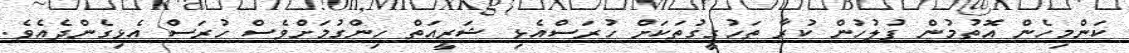
ކަންމިހެން އޮތުމުން ފުލުހުން ކުރާ ތަހުގީގުތަކަށް ހުރަސްއެޅި ޝަރީއަތް ހިންގުމަށްވެސް ހުރަސް އެޅިގެންދެއެވެ.